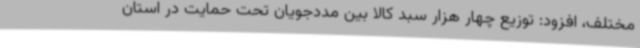
مختلف، افزود: توزیع چهار هزار سبد کالا بین مددجویان تحت حمایت در استان